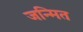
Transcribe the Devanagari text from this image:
जन्मित